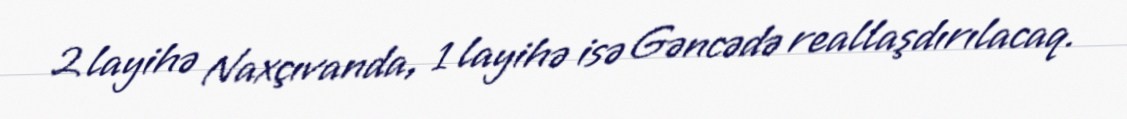
2 layihə Naxçıvanda, 1 layihə isə Gəncədə reallaşdırılacaq.